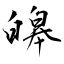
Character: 皞